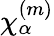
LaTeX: \chi_{\alpha}^{(m)}